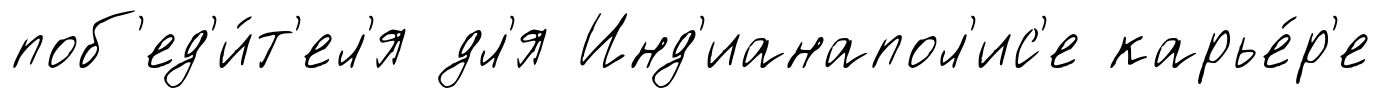
поб'ед'и́т'ел'я дл'я Инд'ианапол'ис'е карье́р'е